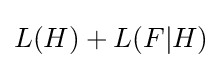
L(H)+L(F|H)